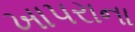
ખાપરાના